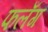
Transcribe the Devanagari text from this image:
फलँग